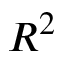
R ^ { 2 }